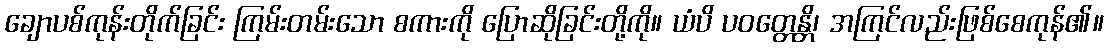
ချောပစ်ကုန်းတိုက်ခြင်း ကြမ်းတမ်းသော စကားကို ပြောဆိုခြင်းတို့ကို။ ယံပိ ပဝတ္တေန္တိ၊ အကြင်လည်းဖြစ်စေကုန်၏။